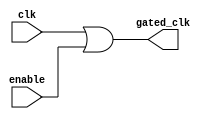
module clock_gating (
    input wire clk,          // Primary clock signal
    input wire enable,       // Enable signal to control clock gating
    output wire gated_clk    // Gated clock signal for memory blocks
);

// The gated clock is produced by logically ORing the original clock with the enable signal
assign gated_clk = clk | enable;

endmodule